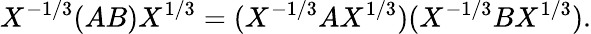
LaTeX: X^{-1/3}(AB)X^{1/3}=(X^{-1/3}AX^{1/3})(X^{-1/3}BX^{1/3}).